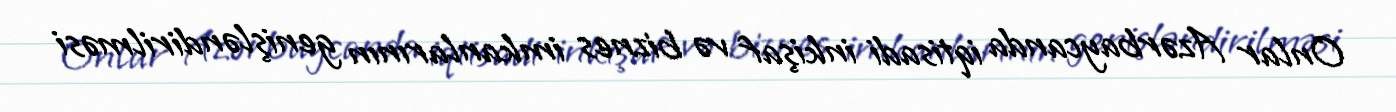
Onlar Azərbaycanda iqtisadi inkişaf və biznes imkanlarının genişləndirilməsi